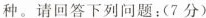
种。请回答下列问题：(7分)